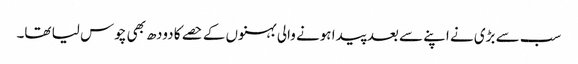
سب سے بڑی نے اپنے سے بعد پیدا ہونے والی بہنوں کے حصے کا دودھ بھی چوس لیا تھا۔